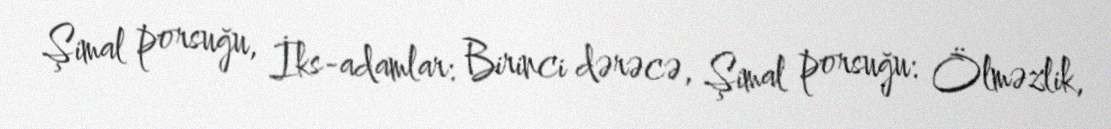
Şimal porsuğu, İks-adamlar: Birinci dərəcə, Şimal porsuğu: Ölməzlik,